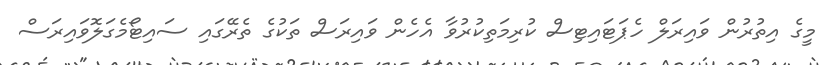
މީގެ އިތުރުން ވައިރަލް ހެޕަޓައިޓިސް ކުރިމަތިކުރުވާ އެހެން ވައިރަސް ތަކުގެ ތެރޭގައި ސައިޓޯމެގަލޮވައިރަސް